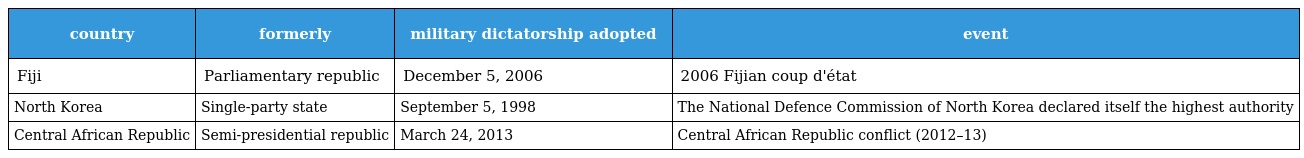
| country | formerly | military dictatorship adopted | event |
 | --- | --- | --- | --- |
 | Fiji | Parliamentary republic | December 5, 2006 | 2006 Fijian coup d'état |
 | North Korea | Single-party state | September 5, 1998 | The National Defence Commission of North Korea declared itself the highest authority |
 | Central African Republic | Semi-presidential republic | March 24, 2013 | Central African Republic conflict (2012–13) |